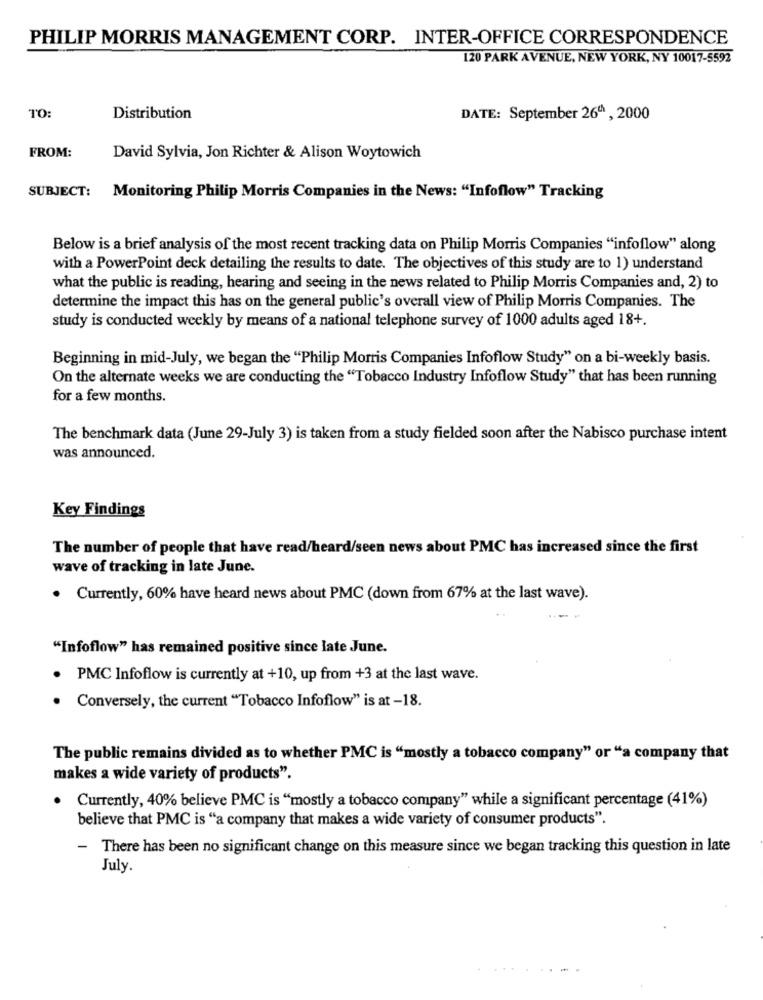
PHILIP MORRIS MANAGEMENT CORP. INTER-OFFICE CORRESPONDENCE
120 PARK AVENUE, NEW YORK, NY 10017-5592
TO:
Distribution
DATE: September 260 , 2000
FROM:
David Sylvia, Jon Richter & Alison Woytowich
SUBJECT: Monitoring Philip Morris Companies in the News: "Infoflow" Tracking
Below is a brief analysis of the most recent tracking data on Philip Morris Companies "infoflow" along
with a PowerPoint deck detailing the results to date. The objectives of this study are to 1) understand
what the public is reading, hearing and seeing in the news related to Philip Morris Companies and, 2) to
determine the impact this has on the general public's overall view of Philip Morris Companies. The
study is conducted weekly by means of a national telephone survey of 1000 adults aged 18+.
Beginning in mid-July, we began the "Philip Morris Companies Infoflow Study" on a bi-weekly basis.
On the alternate weeks we are conducting the "Tobacco Industry Infoflow Study" that has been running
for a few months.
The benchmark data (June 29-July 3) is taken from a study fielded soon after the Nabisco purchase intent
was announced.
Key Findings
The number of people that have read/heard/seen news about PMC has increased since the first
wave of tracking in late June.
. Currently, 60% have heard news about PMC (down from 67% at the last wave).
"Infoflow" has remained positive since late June.
. PMC Infoflow is currently at +10, up from +3 at the last wave.
Conversely, the current "Tobacco Infoflow" is at -18.
The public remains divided as to whether PMC is "mostly a tobacco company" or "a company that
makes a wide variety of products".
Currently, 40% believe PMC is "mostly a tobacco company" while a significant percentage (41%)
believe that PMC is "a company that makes a wide variety of consumer products".
There has been no significant change on this measure since we began tracking this question in late
July.